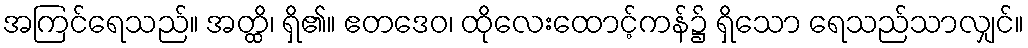
အကြင်ရေသည်။ အတ္ထိ၊ ရှိ၏။ ဧတဒေဝ၊ ထိုလေးထောင့်ကန်၌ ရှိသော ရေသည်သာလျှင်။